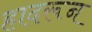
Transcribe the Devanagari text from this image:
हादरून